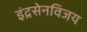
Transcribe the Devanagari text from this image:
इंद्रसेनविजय